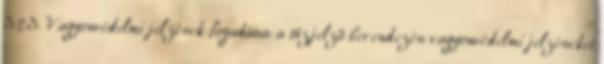
3.2.3. Vagyonvédelmi jelzések fogadása: a tûzjelzõ berendezés vagyonvédelmi jelzéseket